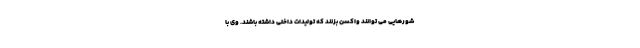
شورهایی می توانند واکسن بزنند که تولیدات داخلی داشته باشند. وی با